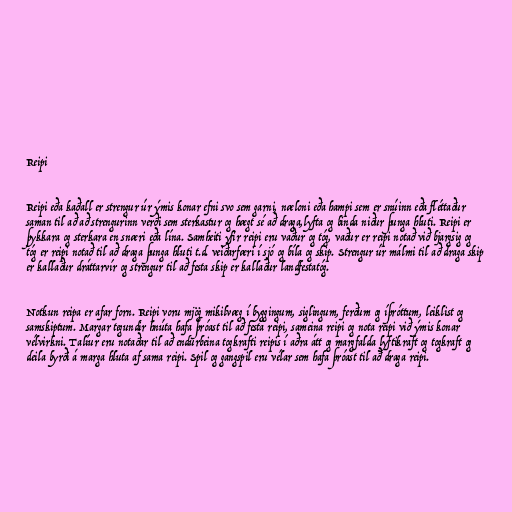
Reipi

Reipi eða kaðall er strengur úr ýmis konar efni svo sem garni, næloni eða hampi sem er snúinn eða fléttaður
saman til að að strengurinn verði sem sterkastur og hægt sé að draga,lyfta og binda niður þunga hluti. Reipi er
þykkara og sterkara en snæri eða lína. Samheiti yfir reipi eru vaður og tóg, vaður er reipi notað við bjargsig og
tóg er reipi notað til að draga þunga hluti t.d. veiðarfæri í sjó og bíla og skip. Strengur úr málmi til að draga skip
er kallaður dráttarvír og strengur til að festa skip er kallaður landfestatóg.

Notkun reipa er afar forn. Reipi voru mjög mikilvæg í byggingum, siglingum, ferðum og íþróttum, leiklist og
samskiptum. Margar tegundir hnúta hafa þróast til að festa reipi, sameina reipi og nota reipi við ýmis konar
vélvirkni. Talíur eru notaðar til að endurbeina togkrafti reipis í aðra átt og margfalda lyftikraft og togkraft og
deila byrði á marga hluta af sama reipi. Spil og gangspil eru vélar sem hafa þróast til að draga reipi.